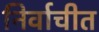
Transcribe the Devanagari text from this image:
निर्वाचीत